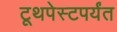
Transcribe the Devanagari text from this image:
टूथपेस्टपर्यंत